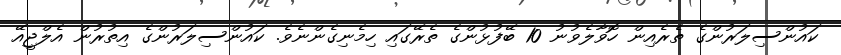
ކައުންސިލަރުންގެ ތެރެއިން ހޮވާލެވުނު 10 ބޭފުޅުންގެ ތެރޭގައި ހިމެނިގެންނެވެ. ކައުންސިލަރުންގެ އިތުރުން އެލްޖީއޭ